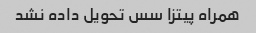
همراه پیتزا سس تحویل داده نشد